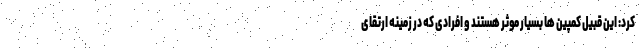
کرد: این قبیل کمپین ‌ها بسیار موثر هستند و افرادی که در زمینه ارتقای